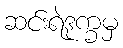
ဆင်းရဲဒုက္ခမှ